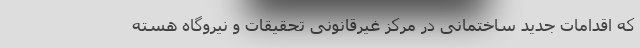
که اقدامات جدید ساختمانی در مرکز غیرقانونی تحقیقات و نیروگاه هسته